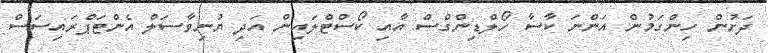
ދަށުން ހިންގަމުން އަންނަ ކާސާ ހޯލްޑިންގްސް އާއި ކޯސްޓްލައިން އަދި ޔުނިވާސަލް އެންޓަޕްރައިސަސް